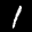
Label: 1